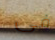
فى